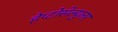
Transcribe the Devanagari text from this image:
हेप्टोसेल्युलर